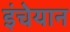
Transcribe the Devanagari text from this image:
इंचेयान